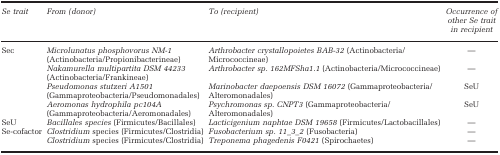
<table><thead><tr><td><b><i>Se trait</i></b></td><td><b><i>From (donor)</i></b></td><td><b><i>To (recipient)</i></b></td><td><b><i>Occurrence of other Se trait in recipient</i></b></td></tr></thead><tbody><tr><td>Sec</td><td><i>Microlunatus phosphovorus NM-1</i> (Actinobacteria/Propionibacterineae)</td><td><i>Arthrobacter crystallopoietes BAB-32</i> (Actinobacteria/Micrococcineae)</td><td>—</td></tr><tr><td> </td><td><i>Nakamurella multipartita DSM 44233</i> (Actinobacteria/Frankineae)</td><td><i>Arthrobacter sp. 162MFSha1.1</i> (Actinobacteria/Micrococcineae)</td><td>—</td></tr><tr><td> </td><td><i>Pseudomonas stutzeri A1501</i> (Gammaproteobacteria/Pseudomonadales)</td><td><i>Marinobacter daepoensis DSM 16072</i> (Gammaproteobacteria/Alteromonadales)</td><td>SeU</td></tr><tr><td> </td><td><i>Aeromonas hydrophila pc104A</i> (Gammaproteobacteria/Aeromonadales)</td><td><i>Psychromonas sp. CNPT3</i> (Gammaproteobacteria/Alteromonadales)</td><td>SeU</td></tr><tr><td>SeU</td><td><i>Bacillales species</i> (Firmicutes/Bacillales)</td><td><i>Lacticigenium naphtae DSM 19658</i> (Firmicutes/Lactobacillales)</td><td>—</td></tr><tr><td>Se-cofactor</td><td><i>Clostridium</i> species (Firmicutes/Clostridia)</td><td><i>Fusobacterium sp. 11_3_2</i> (Fusobacteria)</td><td>—</td></tr><tr><td> </td><td><i>Clostridium</i> species (Firmicutes/Clostridia)</td><td><i>Treponema phagedenis F0421</i> (Spirochaetes)</td><td>—</td></tr></tbody></table>